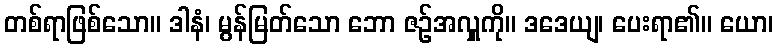
တစ်ရာဖြစ်သော။ ဒါနံ၊ မွန်မြတ်သော ဘော ဇဉ်အလှူကို။ ဒဒေယျ၊ ပေးရာ၏။ ယော၊